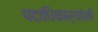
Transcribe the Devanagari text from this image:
पदाधिकार्‍यांशी